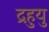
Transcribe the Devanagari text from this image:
द्रहुयु